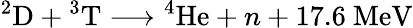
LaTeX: {}^{2}\mathrm{D}+{}^{3}\mathrm{T}\longrightarrow{}^{4}\mathrm{He}+n+17.6\ \mathrm{MeV}